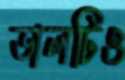
ডালটিও